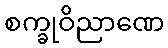
စက္ခုဝိညာဏေ